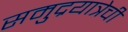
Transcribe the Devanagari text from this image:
समुद्रयात्रेची